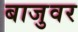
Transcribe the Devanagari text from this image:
बाजुवर